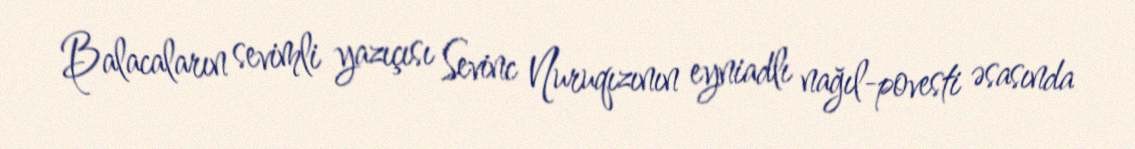
Balacaların sevimli yazıçısı Sevinc Nuruqızının eyniadlı nağıl-povesti əsasında